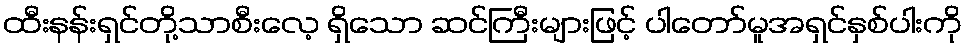
ထီးနန်းရှင်တို့သာစီးလေ့ ရှိသော ဆင်ကြီးများဖြင့် ပါတော်မူအရှင်နှစ်ပါးကို